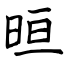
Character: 晅